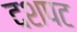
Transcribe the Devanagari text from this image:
दशपट